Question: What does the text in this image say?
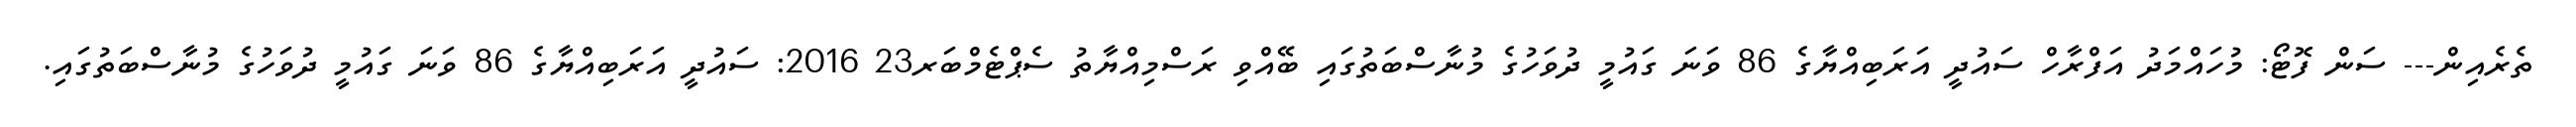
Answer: ތެރެއިން--- ސަން ފޮޓޯ: މުހައްމަދު އަފްރާހް ސައުދީ އަރަބިއްޔާގެ 86 ވަނަ ގައުމީ ދުވަހުގެ މުނާސްބަތުގައި ބޭއްވި ރަސްމިއްޔާތު ސެޕްޓެމްބަރ23 2016: ސައުދީ އަރަބިއްޔާގެ 86 ވަނަ ގައުމީ ދުވަހުގެ މުނާސްބަތުގައި.